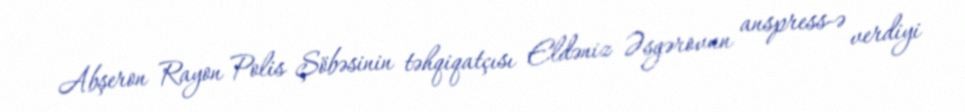
Abşeron Rayon Polis Şöbəsinin təhqiqatçısı Eldəniz Əsgərovun anspress-ə verdiyi